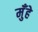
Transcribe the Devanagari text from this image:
मुँहे